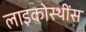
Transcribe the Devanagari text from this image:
लाइकोस्थींस